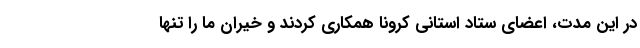
در این مدت، اعضای ستاد استانی کرونا همکاری کردند و خیران ما را تنها